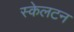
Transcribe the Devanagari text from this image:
स्केलटन